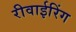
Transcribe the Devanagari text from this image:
रीवाईरिंग